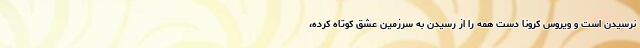
نرسیدن است و ویروس کرونا دست همه را از رسیدن به سرزمین عشق کوتاه کرده،